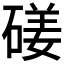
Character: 𥔣